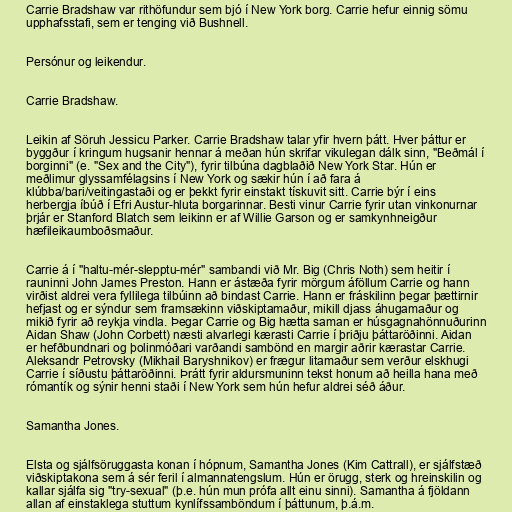
Carrie Bradshaw var rithöfundur sem bjó í New York borg. Carrie hefur einnig sömu
upphafsstafi, sem er tenging við Bushnell.

Persónur og leikendur.

Carrie Bradshaw.

Leikin af Söruh Jessicu Parker. Carrie Bradshaw talar yfir hvern þátt. Hver þáttur er
byggður í kringum hugsanir hennar á meðan hún skrifar vikulegan dálk sinn, "Beðmál í
borginni" (e. "Sex and the City"), fyrir tilbúna dagblaðið New York Star. Hún er
meðlimur glyssamfélagsins í New York og sækir hún í að fara á
klúbba/bari/veitingastaði og er þekkt fyrir einstakt tískuvit sitt. Carrie býr í eins
herbergja íbúð í Efri Austur-hluta borgarinnar. Besti vinur Carrie fyrir utan vinkonurnar
þrjár er Stanford Blatch sem leikinn er af Willie Garson og er samkynhneigður
hæfileikaumboðsmaður.

Carrie á í "haltu-mér-slepptu-mér" sambandi við Mr. Big (Chris Noth) sem heitir í
rauninni John James Preston. Hann er ástæða fyrir mörgum áföllum Carrie og hann
virðist aldrei vera fyllilega tilbúinn að bindast Carrie. Hann er fráskilinn þegar þættirnir
hefjast og er sýndur sem framsækinn viðskiptamaður, mikill djass áhugamaður og
mikið fyrir að reykja vindla. Þegar Carrie og Big hætta saman er húsgagnahönnuðurinn
Aidan Shaw (John Corbett) næsti alvarlegi kærasti Carrie í þriðju þáttaröðinni. Aidan
er hefðbundnari og þolinmóðari varðandi sambönd en margir aðrir kærastar Carrie.
Aleksandr Petrovsky (Mikhail Baryshnikov) er frægur litamaður sem verður elskhugi
Carrie í síðustu þáttaröðinni. Þrátt fyrir aldursmuninn tekst honum að heilla hana með
rómantík og sýnir henni staði í New York sem hún hefur aldrei séð áður.

Samantha Jones.

Elsta og sjálfsöruggasta konan í hópnum, Samantha Jones (Kim Cattrall), er sjálfstæð
viðskiptakona sem á sér feril í almannatengslum. Hún er örugg, sterk og hreinskilin og
kallar sjálfa sig "try-sexual" (þ.e. hún mun prófa allt einu sinni). Samantha á fjöldann
allan af einstaklega stuttum kynlífssamböndum í þáttunum, þ.á.m.